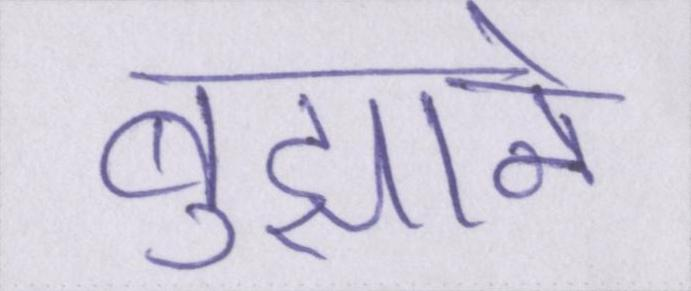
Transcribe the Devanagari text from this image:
बुझाने